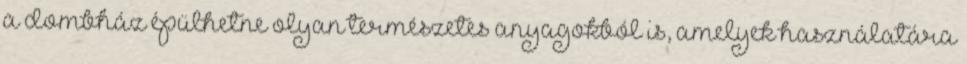
a dombház épülhetne olyan természetes anyagokból is, amelyek használatára